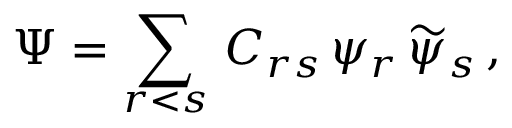
\Psi = \sum _ { r < s } \, C _ { r s } \, \psi _ { r } \, \widetilde { \psi } _ { s } \, ,